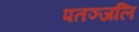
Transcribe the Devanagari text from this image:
पतञ्‍जलि